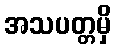
အသပတ္တမှိ